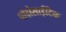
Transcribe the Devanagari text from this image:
पोदोसाईटिक